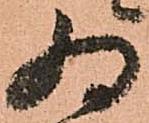
為